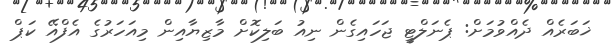
ޚަބަރެއް ދެއްވުމަށް: ޕެނަލްޓީ ޖަހައިގެން ނިއު ބަލިކޮށް މާޒިޔާއިން މިއަހަރުގެ އެފްއޭ ކަޕް